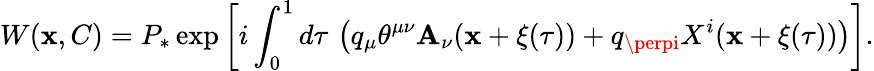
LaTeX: W(\mathbf{x},C)=P_{\ast}\exp\left[i\int_{0}^{1}d\tau\, \left(q_{\mu}\theta^{\mu\nu}\mathbf{A}_{\nu}(\mathbf{x}+\xi(\tau))+q_{\perpi}X^{i}(\mathbf{x}+\xi(\tau))\right)\right].